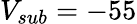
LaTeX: V_{sub}=-55